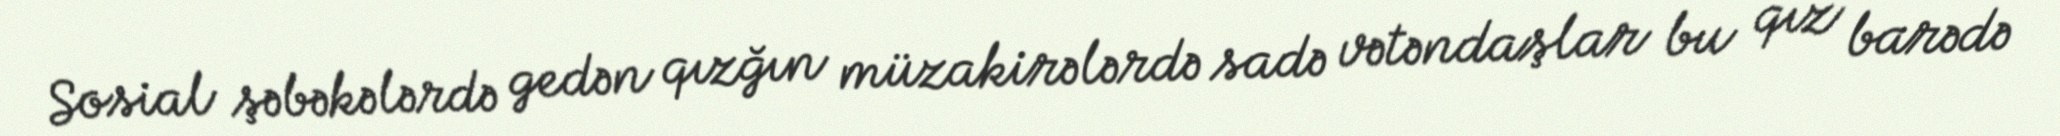
Sosial şəbəkələrdə gedən qızğın müzakirələrdə sadə vətəndaşlar bu qız barədə